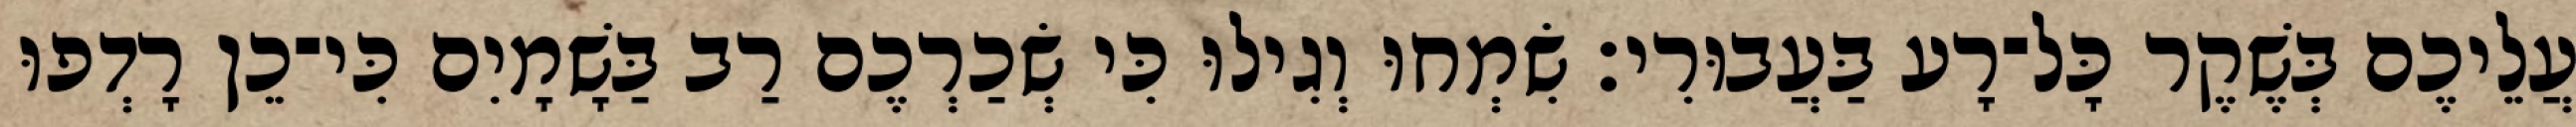
עֲלֵיכֶם בְּשֶׁקֶר כָּל־רָע בַּעֲבוּרִי׃ שִׂמְחוּ וְגִילוּ כִּי שְׂכַרְכֶם רַב בַּשָׁמָיִם כִּי־כֵן רָדְפוּ